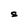
Character: S